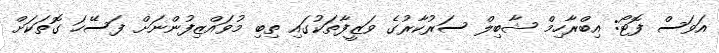
އަވަސް ފޮޓޯ: އިބްރާހިމް ޝާބިލް ސަރުކާރުގެ ވަޒީފާތަކުގައި ތިބި މުވައްޒިފުންނަށް ފަސޭހަ ގޮތަކަށް